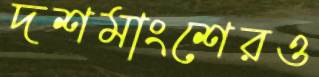
দশমাংশেরও